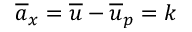
\overline { { a } } _ { x } = \overline { { u } } - \overline { { u } } _ { p } = k